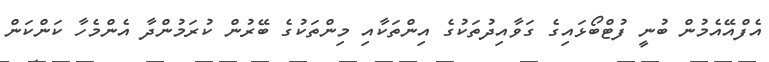
އެފްއޭއެމުން ބުނީ ފުޓްބޯޅައިގެ ގަވާއިދުތަކުގެ އިންތަކާއި މިންތަކުގެ ބޭރުން ކުރަމުންދާ އެންމެހާ ކަންކަން